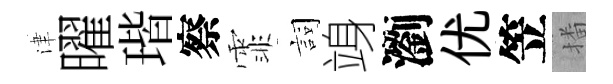
津曜瑎察霏詞竧瀏优笠播